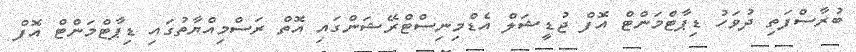
ބުރާސްފަތި ދުވަހު ޑިޕާޓްމަންޓް އޮފް ޖުޑީޝަލް އެޑްމިނިސްޓްރޭޝަންގައި އޮތް ރަސްމިއްޔާތުގައި ޑިޕާޓްމަންޓް އޮފް